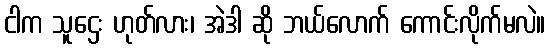
ငါက သူဌေး ဟုတ်လား၊ အဲဒါ ဆို ဘယ်လောက် ကောင်းလိုက်မလဲ။